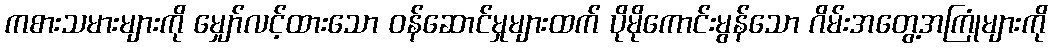
ကစားသမားများကို မျှော်လင့်ထားသော ဝန်ဆောင်မှုများထက် ပိုမိုကောင်းမွန်သော ဂိမ်းအတွေ့အကြုံများကို